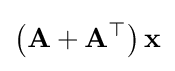
\left(\mathbf {A} +\mathbf {A} ^{\top }\right)\mathbf {x}